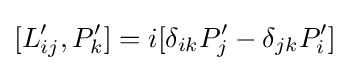
[L'_{ij},P'_{k}]=i[\delta _{ik}P'_{j}-\delta _{jk}P'_{i}]\,\!